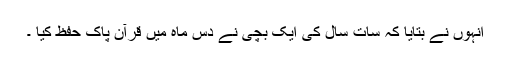
انہوں نے بتایا کہ سات سال کی ایک بچی نے دس ماہ میں قرآن پاک حفظ کیا ۔